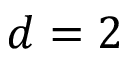
d = 2